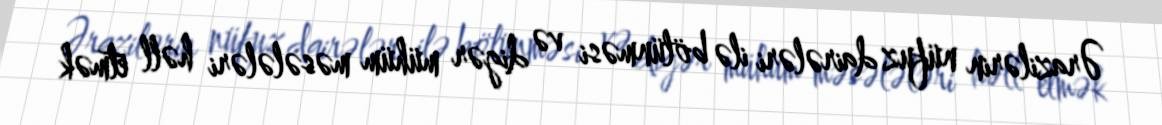
Ərazilərin nüfuz dairələri ilə bölünməsi və digər mühüm məsələləri həll etmək